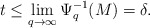
\begin{align*} t\leq \lim_{q\rightarrow\infty}\Psi_q^{-1}(M)=\delta.\end{align*}